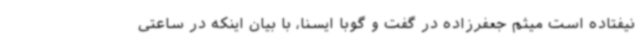
نیفتاده است میثم جعفرزاده در گفت و گوبا ایسنا، با بیان اینکه در ساعتی